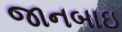
જાનબાઇ